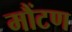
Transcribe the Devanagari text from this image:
मौंटण